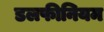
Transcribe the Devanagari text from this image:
डलफीनियम